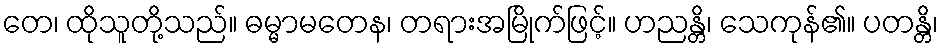
တေ၊ ထိုသူတို့သည်။ ဓမ္မာမတေန၊ တရားအမြိုက်ဖြင့်။ ဟညန္တိ၊ သေကုန်၏။ ပတန္တိ၊